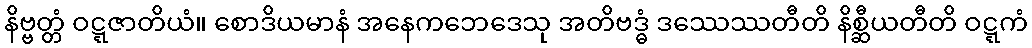
နိဗ္ဗတ္တံ ဝဋ္ဋဇာတိယံ။ စောဒိယမာနံ အနေကဘေဒေသု အတိဗဒ္ဓံ ဒဿေဿတီတိ နိစ္ဆီယတီတိ ဝဋ္ဋကံ